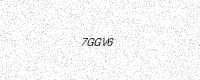
Text: 7GGV6